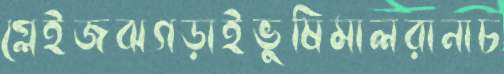
গ্লেইজঝগড়াইভুষিমালরানাচ